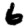
Digit: 6